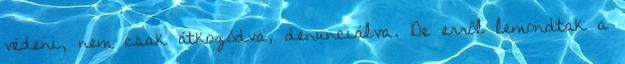
védeni, nem csak átkozódva, denunciálva. De erről lemondtak a